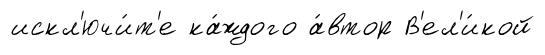
искл'ючи́т'е ка́ждого а́втор В'ел'и́кой